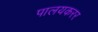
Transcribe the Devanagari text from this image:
पालयकरर